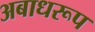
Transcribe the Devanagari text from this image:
अबाधरूप